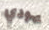
يهودي